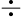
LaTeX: \div